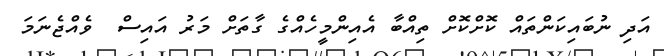
އަދި ނުބައިކަންތައް ކޮށްކޮށް ތިއްބާ އެއިންމީހެއްގެ ގާތަށް މަރު އައިސް  ވެއްޖެނަމަ